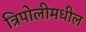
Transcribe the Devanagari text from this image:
त्रिपोलीमधील